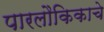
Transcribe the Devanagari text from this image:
पारलौकिकाचे